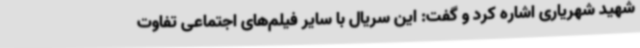
شهید شهریاری اشاره کرد و گفت: این سریال با سایر فیلم‌های اجتماعی تفاوت